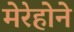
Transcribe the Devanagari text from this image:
मेरेहोने